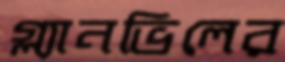
গ্ল্যানভিলের